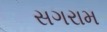
સગરામ